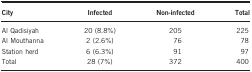
| City | Infected | Non-infected | Total |
 | --- | --- | --- | --- |
 | Al Qadisiyah | 20 (8.8%) | 205 | 225 |
 | Al Mouthanna | 2 (2.6%) | 76 | 78 |
 | Station herd | 6 (6.3%) | 91 | 97 |
 | Total | 28 (7%) | 372 | 400 |